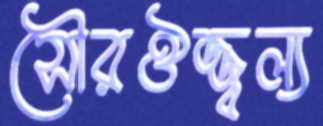
সৌরঔজ্জ্বল্য